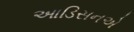
આડિસનએ